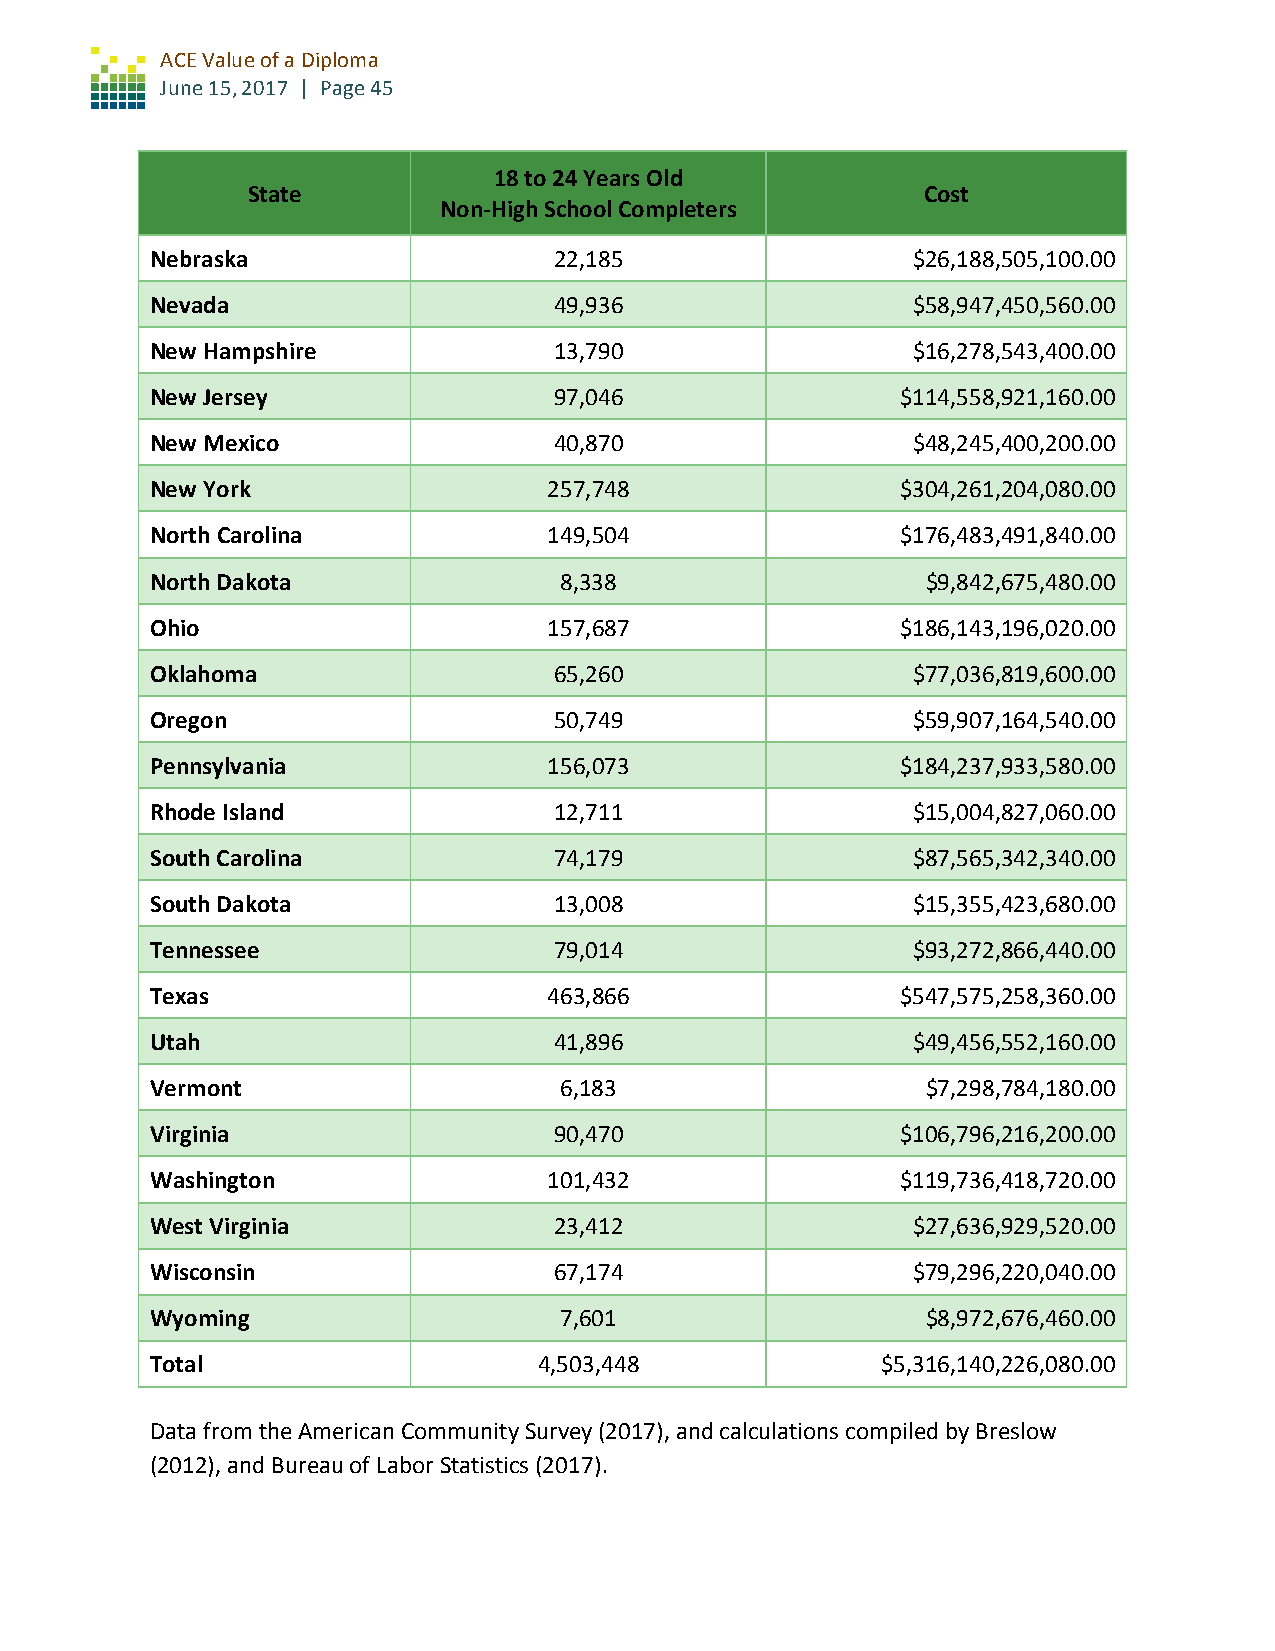
ACE Value of a Diploma
 June 15, 2017 | Page 45
 18 to 24 Years Old
 State                                        Cost
 Non-High School Completers
 Nebraska                   22,185                 $26,188,505,100.00
 Nevada                     49,936                 $58,947,450,560.00
 New Hampshire              13,790                 $16,278,543,400.00
 New Jersey                 97,046                 $114,558,921,160.00
 New Mexico                 40,870                 $48,245,400,200.00
 New York                  257,748                 $304,261,204,080.00
 North Carolina            149,504                 $176,483,491,840.00
 North Dakota               8,338                   $9,842,675,480.00
 Ohio                      157,687                 $186,143,196,020.00
 Oklahoma                   65,260                 $77,036,819,600.00
 Oregon                     50,749                 $59,907,164,540.00
 Pennsylvania              156,073                 $184,237,933,580.00
 Rhode Island               12,711                 $15,004,827,060.00
 South Carolina             74,179                 $87,565,342,340.00
 South Dakota               13,008                 $15,355,423,680.00
 Tennessee                  79,014                 $93,272,866,440.00
 Texas                     463,866                 $547,575,258,360.00
 Utah                       41,896                 $49,456,552,160.00
 Vermont                    6,183                   $7,298,784,180.00
 Virginia                   90,470                 $106,796,216,200.00
 Washington                101,432                 $119,736,418,720.00
 West Virginia              23,412                 $27,636,929,520.00
 Wisconsin                  67,174                 $79,296,220,040.00
 Wyoming                    7,601                   $8,972,676,460.00
 Total                     4,503,448             $5,316,140,226,080.00
 Data from the American Community Survey (2017), and calculations compiled by Breslow
 (2012), and Bureau of Labor Statistics (2017).